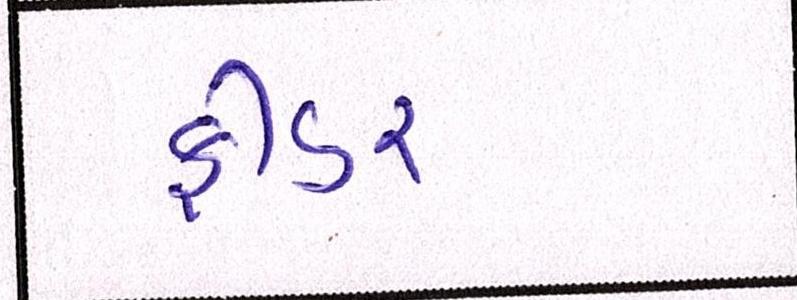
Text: ફીડર